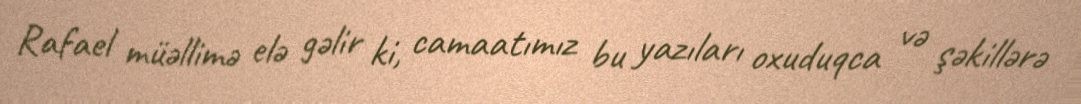
Rafael müəllimə elə gəlir ki, camaatımız bu yazıları oxuduqca və şəkillərə